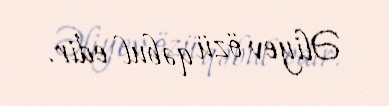
Əliyev özü qəbul edir.